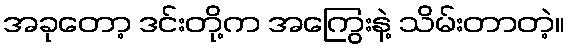
အခုတော့ ဒင်းတို့က အကြွေးနဲ့ သိမ်းတာတဲ့။